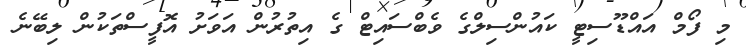
މި ފޯމް އައްޑޫސިޓީ ކައުންސިލްގެ ވެބްސައިޓް ގެ އިތުރުން އަވަށު އޮފީސްތަކުން ލިބޭނެ